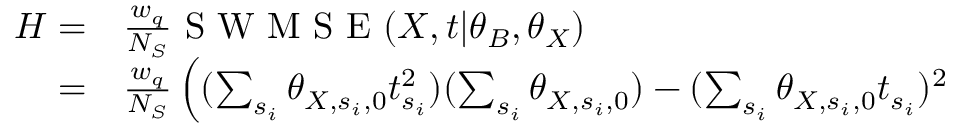
\begin{array} { r l } { H = } & { { } \frac { w _ { q } } { N _ { S } } \mathrm { ~ S ~ W ~ M ~ S ~ E ~ } ( \boldsymbol { X } , \boldsymbol { t } | \boldsymbol { \theta } _ { B } , \boldsymbol { \theta } _ { X } ) } \\ { = } & { { } \frac { w _ { q } } { N _ { S } } \left( ( \sum _ { s _ { i } } \theta _ { X , s _ { i } , 0 } t _ { s _ { i } } ^ { 2 } ) ( \sum _ { s _ { i } } \theta _ { X , s _ { i } , 0 } ) - ( \sum _ { s _ { i } } \theta _ { X , s _ { i } , 0 } t _ { s _ { i } } ) ^ { 2 } \right. } \end{array}